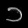
Digit: ၁